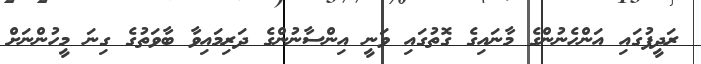
ރަދީފުގައި އަންހެނުންގެ މާނައިގެ ގޮތުގައި ވަނީ އިންސާނުންގެ ދަރިމައިވާ ބާވަތުގެ ގިނަ މީހުންނަށް